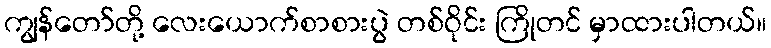
ကျွန်တော်တို့ လေးယောက်စာစားပွဲ တစ်ဝိုင်း ကြိုတင် မှာထားပါတယ်။